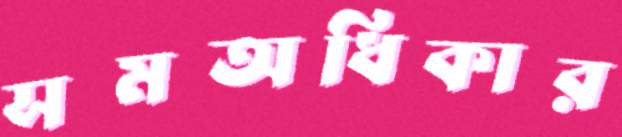
সমঅধিকার